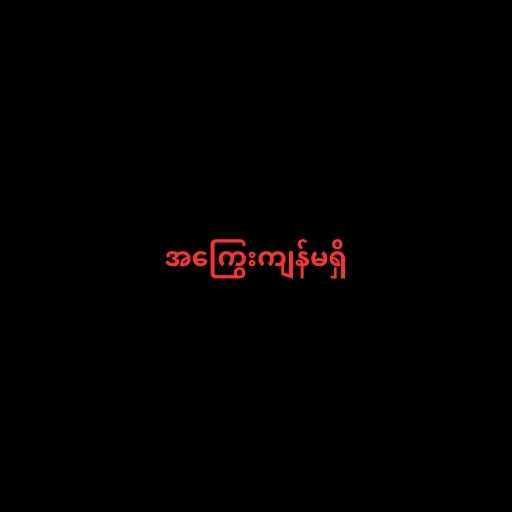
အကြွေးကျန်မရှိ